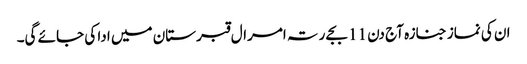
ان کی نماز جنازہ آج دن 11 بجے رتہ امرال قبرستان میں ادا کی جائے گی۔